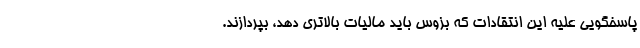
پاسخگویی علیه این انتقادات که بزوس باید مالیات بالاتری دهد، بپردازند.